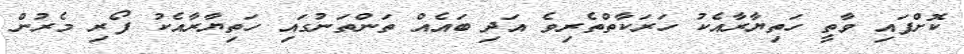
ކޮށްފައި ވާތީ ހަތިޔާރާއެކު ހަރަކާތްތެރިވެ އަދި ބައެއް ތަންތަނުގައި ހަތިޔާރާއެކު ފޯރި މެރުން